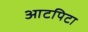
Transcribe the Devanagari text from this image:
आटपिटा